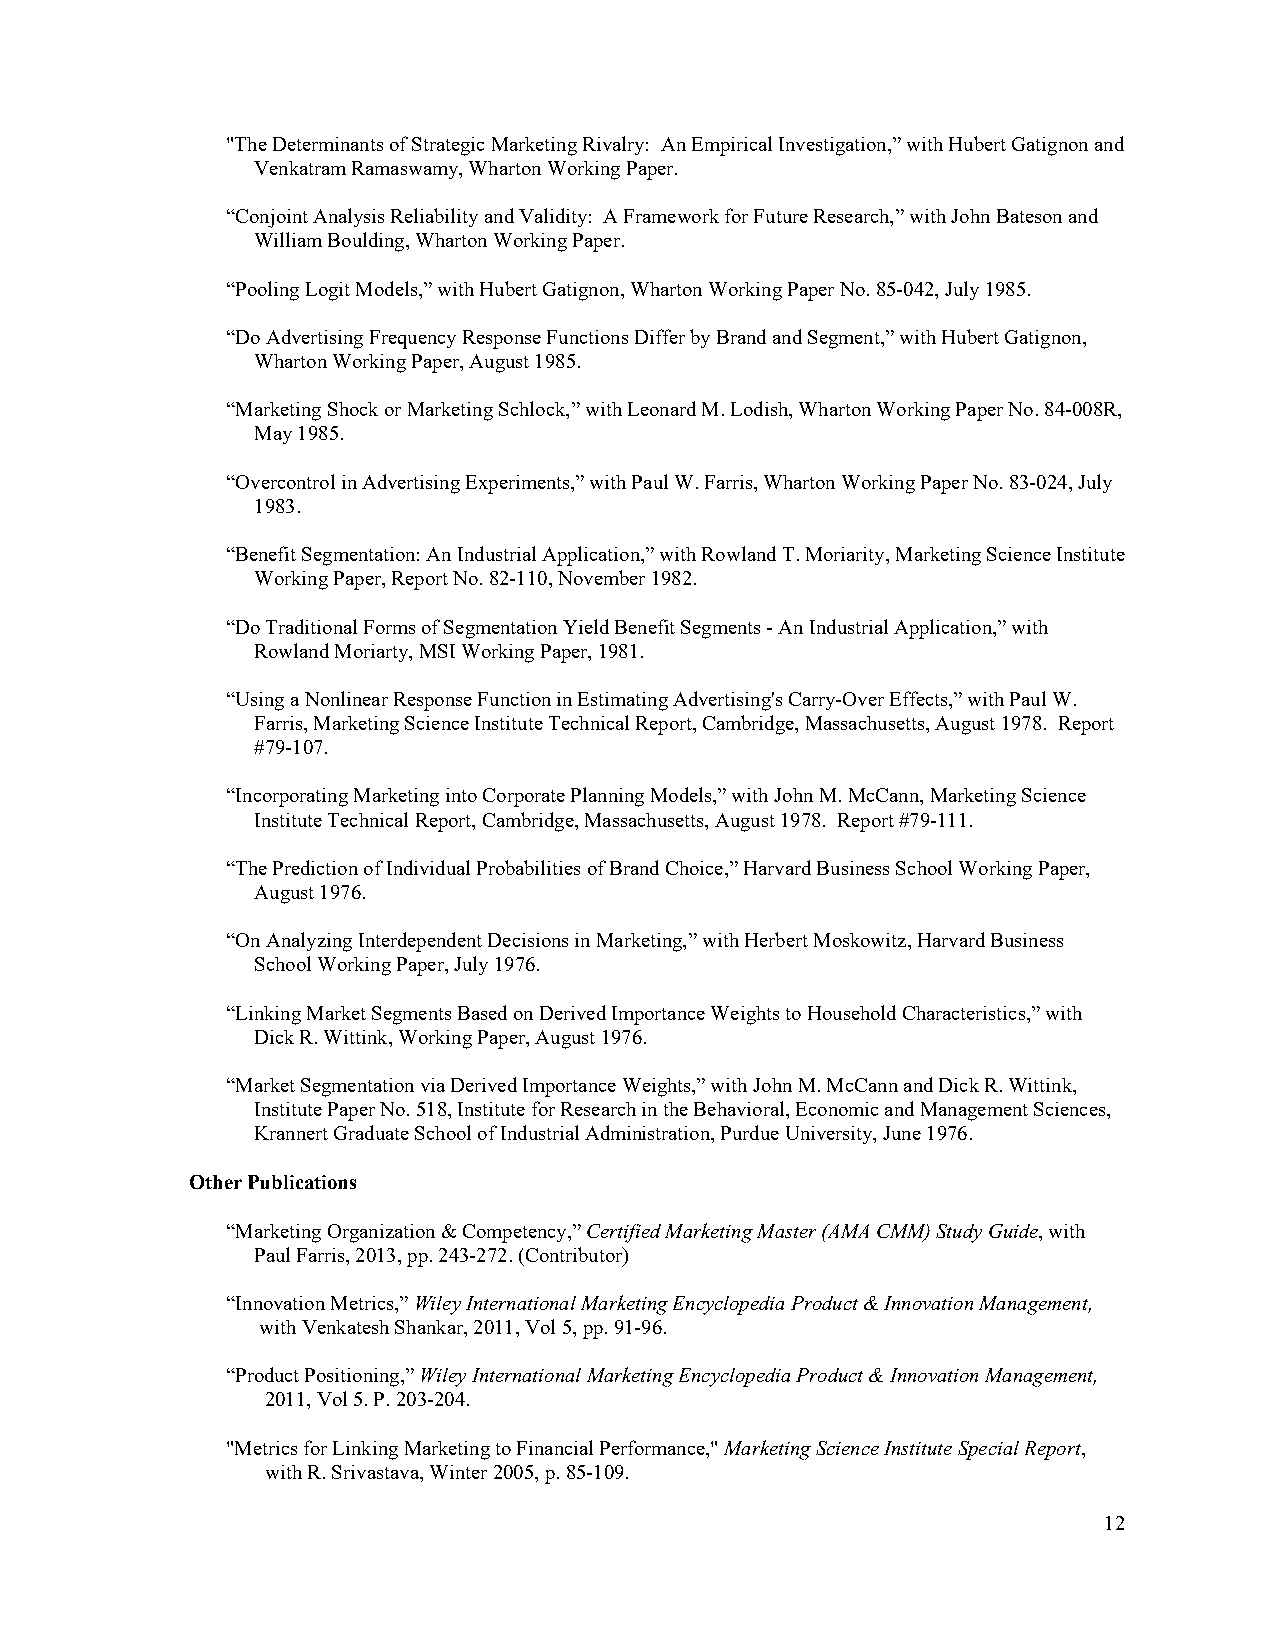
"The Determinants of Strategic Marketing Rivalry: An Empirical Investigation,” with Hubert Gatignon and
 Venkatram Ramaswamy, Wharton Working Paper.
 “Conjoint Analysis Reliability and Validity: A Framework for Future Research,” with John Bateson and
 William Boulding, Wharton Working Paper.
 “Pooling Logit Models,” with Hubert Gatignon, Wharton Working Paper No. 85-042, July 1985.
 “Do Advertising Frequency Response Functions Differ by Brand and Segment,” with Hubert Gatignon,
 Wharton Working Paper, August 1985.
 “Marketing Shock or Marketing Schlock,” with Leonard M. Lodish, Wharton Working Paper No. 84-008R,
 May 1985.
 “Overcontrol in Advertising Experiments,” with Paul W. Farris, Wharton Working Paper No. 83-024, July
 1983.
 “Benefit Segmentation: An Industrial Application,” with Rowland T. Moriarity, Marketing Science Institute
 Working Paper, Report No. 82-110, November 1982.
 “Do Traditional Forms of Segmentation Yield Benefit Segments - An Industrial Application,” with
 Rowland Moriarty, MSI Working Paper, 1981.
 “Using a Nonlinear Response Function in Estimating Advertising's Carry-Over Effects,” with Paul W.
 Farris, Marketing Science Institute Technical Report, Cambridge, Massachusetts, August 1978. Report
 #79-107.
 “Incorporating Marketing into Corporate Planning Models,” with John M. McCann, Marketing Science
 Institute Technical Report, Cambridge, Massachusetts, August 1978. Report #79-111.
 “The Prediction of Individual Probabilities of Brand Choice,” Harvard Business School Working Paper,
 August 1976.
 “On Analyzing Interdependent Decisions in Marketing,” with Herbert Moskowitz, Harvard Business
 School Working Paper, July 1976.
 “Linking Market Segments Based on Derived Importance Weights to Household Characteristics,” with
 Dick R. Wittink, Working Paper, August 1976.
 “Market Segmentation via Derived Importance Weights,” with John M. McCann and Dick R. Wittink,
 Institute Paper No. 518, Institute for Research in the Behavioral, Economic and Management Sciences,
 Krannert Graduate School of Industrial Administration, Purdue University, June 1976.
 Other Publications
 “Marketing Organization & Competency,” Certified Marketing Master (AMA CMM) Study Guide, with
 Paul Farris, 2013, pp. 243-272. (Contributor)
 “Innovation Metrics,” Wiley International Marketing Encyclopedia Product & Innovation Management,
 with Venkatesh Shankar, 2011, Vol 5, pp. 91-96.
 “Product Positioning,” Wiley International Marketing Encyclopedia Product & Innovation Management,
 2011, Vol 5. P. 203-204.
 "Metrics for Linking Marketing to Financial Performance," Marketing Science Institute Special Report,
 with R. Srivastava, Winter 2005, p. 85-109.
 12